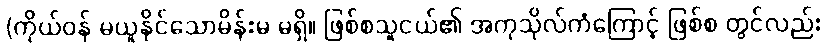
(ကိုယ်ဝန် မယူနိုင်သောမိန်းမ မရှိ။ ဖြစ်စသူငယ်၏ အကုသိုလ်ကံကြောင့် ဖြစ်စ တွင်လည်း